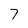
Character: 7